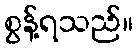
စွန့်ရသည်။